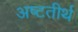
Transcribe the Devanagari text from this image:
अष्‍टतीर्थ